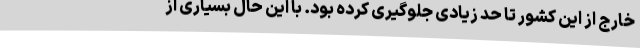
خارج از این کشور تا حد زیادی جلوگیری کرده بود. با این حال بسیاری از